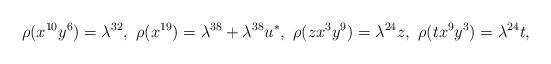
LaTeX: \begin{align*}\rho (x^{10} y^6) = \lambda^{32}, \ \rho (x^{19}) = \lambda^{38} + \lambda^{38} u^*, \ \rho(z x^3 y^{9}) = \lambda^{24} z, \ \rho (t x^9 y^3) = \lambda^{24} t,\end{align*}